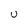
Character: U